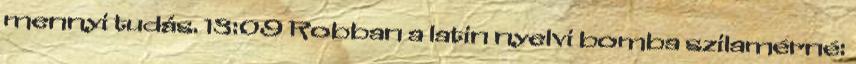
mennyi tudás. 13:09 Robban a latin nyelvi bomba szilamérné: